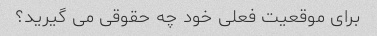
برای موقعیت فعلی خود چه حقوقی می گیرید؟